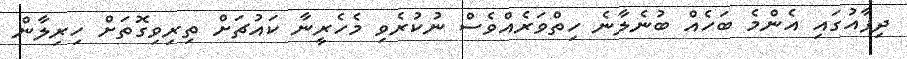
ދިފާއުގައި އެންމެ ބަހެއް ބުނެލާނެ ހިތްވަރެއްވެސް ނުކުރެވި މެހެރީނާ ކައުޗަށް ތިރިވިގޮތަށް ހިރިލާން